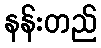
နန်းတည်